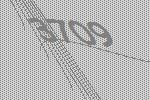
3709